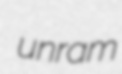
unram